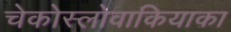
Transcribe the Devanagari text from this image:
चेकोस्लोवाकियाका